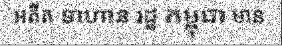
អតីត ទាហាន រដ្ឋ កម្ពុជា មាន